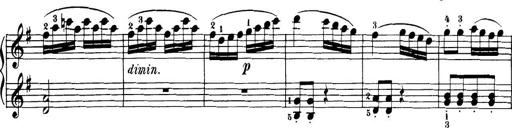
Title: 32 Sonatinas and Rondos for the Piano
Composer: Richard Kleinmichel